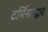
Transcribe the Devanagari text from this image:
टर्मिनलद्वारे